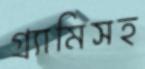
গ্র্যামিসহ